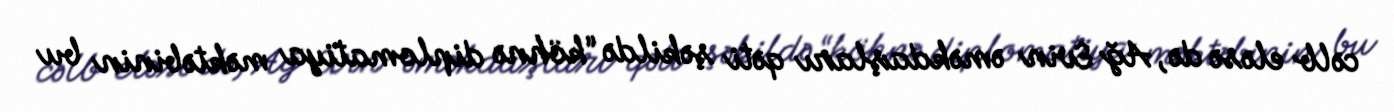
cəlb eləsə də, Ağ Evin əməkdaşları qəti şəkildə “köhnə diplomatiya məktəbinin bu